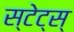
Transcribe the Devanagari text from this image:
स्टेट्स्